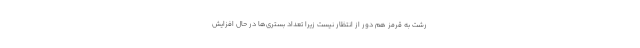
رشت‌ به قرمز هم دور از انتظار نیست زیرا تعداد بستری‌ها در حال افزایش